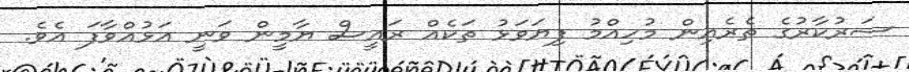
ސަރުކާރުގެ ތެރެއިން މުހިއްމު ފިޔަވަޅު ތަކެއް ރައީސް ޔާމީން ވަނީ އަޅުއްވާފަ އެވެ.